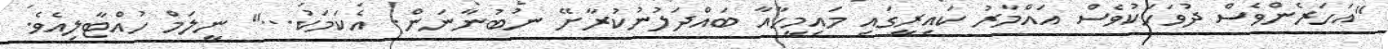
"އަހަރެންވެސް ދުވަހަކުވެސް އައްމާރު ކައިރީގައި މައިމީހާއާ ބައްދަލުނުކުރާށޭ ނުބުނާނަން. އެކަމަކު..." ނީލަމް ހުއްޓާލިއެވެ.